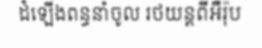
ដំឡើងពន្ធនាំចូល រថយន្តពីអឺរ៉ុប